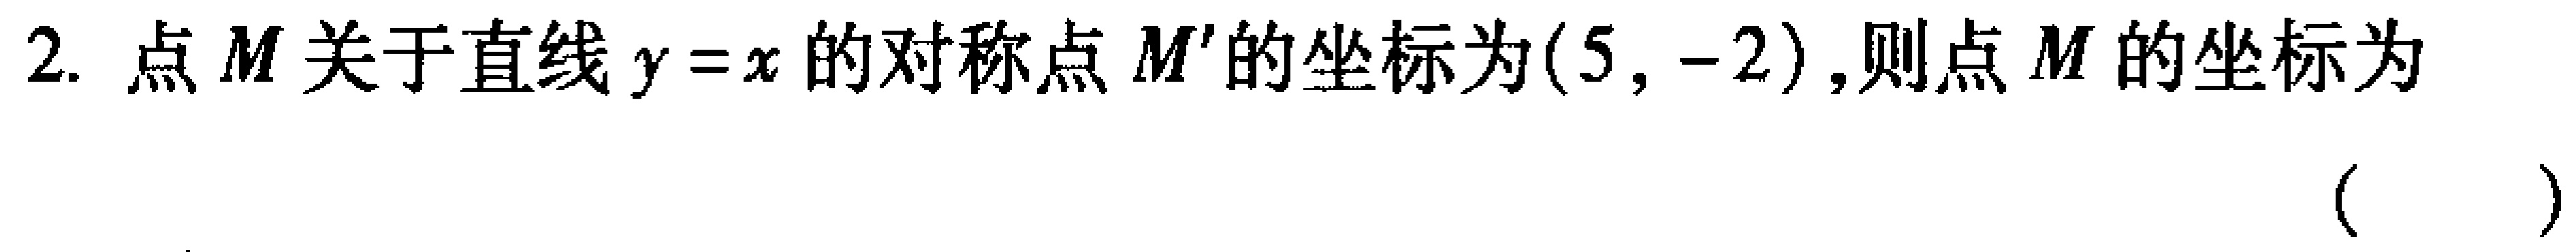
2. 点\(M\)关于直线\(y = x\)的对称点\(M'\)的坐标为\((5, -2)\)，则点\(M\)的坐标为 （  ）